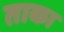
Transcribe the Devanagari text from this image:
ताका